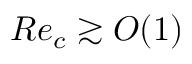
R e _ { c } \gtrsim O ( 1 )